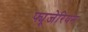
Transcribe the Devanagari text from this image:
फ्यूजेरियम